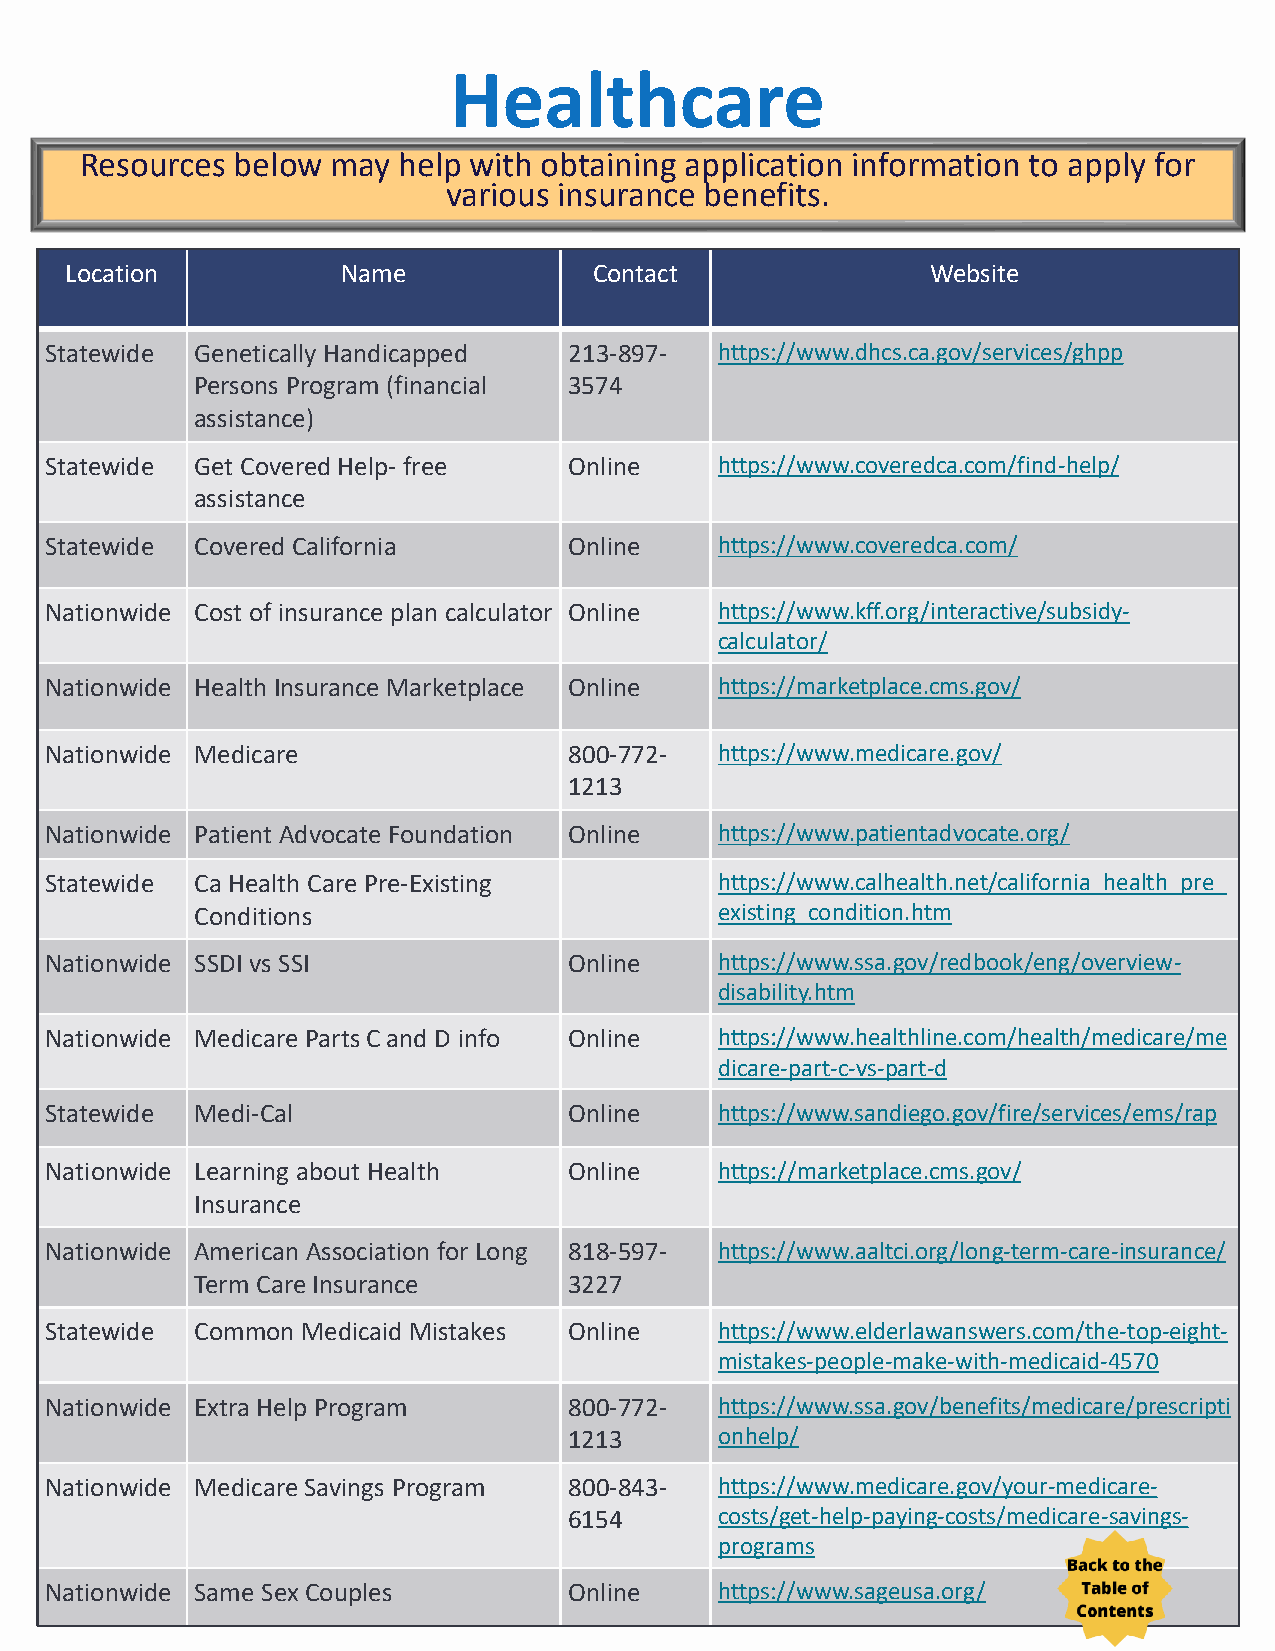
Healthcare
 Resources below  may help with obtaining application information to apply for
 various insurance benefits.
 Location           Name            Contact                Website
 Statewide Genetically Handicapped  213-897-  https://www.dhcs.ca.gov/services/ghpp
 Persons Program (financial 3574
 assistance)
 Statewide Get Covered Help- free   Online    https://www.coveredca.com/find-help/
 assistance
 Statewide Covered California       Online    https://www.coveredca.com/
 Nationwide Cost of insurance plan calculator Online https://www.kff.org/interactive/subsidy-
 calculator/
 Nationwide Health Insurance Marketplace Online https://marketplace.cms.gov/
 Nationwide Medicare                800-772-  https://www.medicare.gov/
 1213
 Nationwide Patient Advocate Foundation Online https://www.patientadvocate.org/
 Statewide Ca Health Care Pre-Existing        https://www.calhealth.net/california_health_pre_
 Conditions                         existing_condition.htm
 Nationwide SSDI vs SSI             Online    https://www.ssa.gov/redbook/eng/overview-
 disability.htm
 Nationwide Medicare Parts C and D info Online https://www.healthline.com/health/medicare/me
 dicare-part-c-vs-part-d
 Statewide Medi-Cal                 Online    https://www.sandiego.gov/fire/services/ems/rap
 Nationwide Learning about Health   Online    https://marketplace.cms.gov/
 Insurance
 Nationwide American Association for Long 818-597- https://www.aaltci.org/long-term-care-insurance/
 Term Care Insurance      3227
 Statewide Common Medicaid Mistakes Online    https://www.elderlawanswers.com/the-top-eight-
 mistakes-people-make-with-medicaid-4570
 Nationwide Extra Help Program      800-772-  https://www.ssa.gov/benefits/medicare/prescripti
 1213      onhelp/
 Nationwide Medicare Savings Program 800-843- https://www.medicare.gov/your-medicare-
 6154      costs/get-help-paying-costs/medicare-savings-
 programs
 28
 Nationwide Same Sex Couples        Online    https://www.sageusa.org/